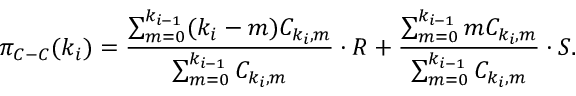
\pi _ { C - C } ( k _ { i } ) = \frac { \sum _ { m = 0 } ^ { k _ { i - 1 } } ( k _ { i } - m ) C _ { k _ { i } , m } } { \sum _ { m = 0 } ^ { k _ { i - 1 } } C _ { k _ { i } , m } } \cdot R + \frac { \sum _ { m = 0 } ^ { k _ { i - 1 } } m C _ { k _ { i } , m } } { \sum _ { m = 0 } ^ { k _ { i - 1 } } C _ { k _ { i } , m } } \cdot S .